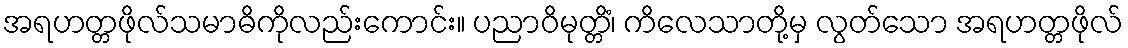
အရဟတ္တဖိုလ်သမာဓိကိုလည်းကောင်း။ ပညာဝိမုတ္တိံ၊ ကိလေသာတို့မှ လွတ်သော အရဟတ္တဖိုလ်